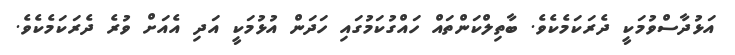
އަޅުދާސްވުމަކީ ދެރަކަމެކެވެ. ބާތިލްކަންތައް ހައްގުކަމުގައި ހަދަން އުޅުމަކީ އަދި އެއަށް ވުރެ ދެރަކަމެކެވެ.